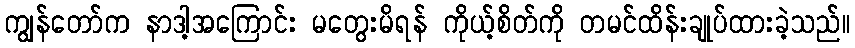
ကျွန်တော်က နာဒါ့အကြောင်း မတွေးမိရန် ကိုယ့်စိတ်ကို တမင်ထိန်းချုပ်ထားခဲ့သည်။